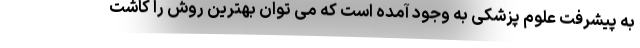
به پیشرفت علوم پزشکی به وجود آمده است که می توان بهترین روش را کاشت